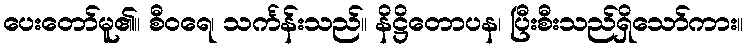
ပေးတော်မူ၏။ စီဝရေ၊ သင်္ကန်းသည်။ နိဋ္ဌိတောပန၊ ပြီးစီးသည်ရှိသော်ကား။